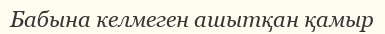
Бабына келмеген ашытқан қамыр